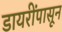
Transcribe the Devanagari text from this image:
डायरींपासून